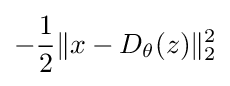
-{\frac {1}{2}}\|x-D_{\theta }(z)\|_{2}^{2}